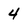
Character: 4